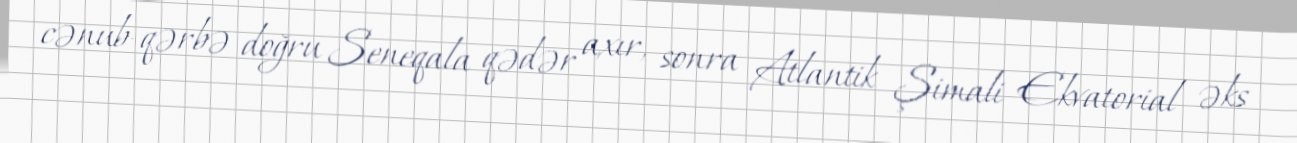
cənub-qərbə doğru Seneqala qədər axır, sonra Atlantik Şimali Ekvatorial əks